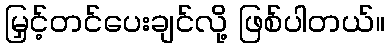
မြှင့်တင်ပေးချင်လို့ ဖြစ်ပါတယ်။